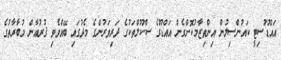
އައްޑޫސިޓީ ކައުންސިލުން އިންތިޒާމުކޮށްގެން އައްޑޫގެ ސްކޫލްތަކުގެ ދަރިވަރުންގެ މެދުގައި ބޭއްވެވި ޤުރުއާން މުބާރާތުގެ